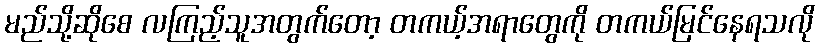
မည်သို့ဆိုစေ လကြည့်သူအတွက်တော့ တကယ့်အရာတွေကို တကယ်မြင်နေရသလို